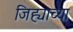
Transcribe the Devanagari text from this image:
जिह्याच्‍या